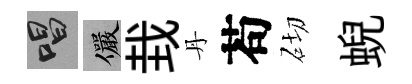
唱儼㘽丹苟砌蜺